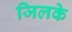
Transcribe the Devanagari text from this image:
जिलके